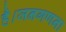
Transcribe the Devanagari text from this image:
है।जनगणना